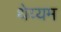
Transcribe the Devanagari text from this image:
थेय्यम